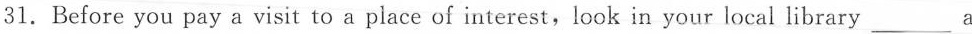
31.Before you pay a visit to a place of interest,look in your local library___ a